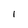
Character: l